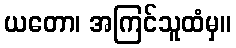
ယတော၊ အကြင်သူထံမှ။